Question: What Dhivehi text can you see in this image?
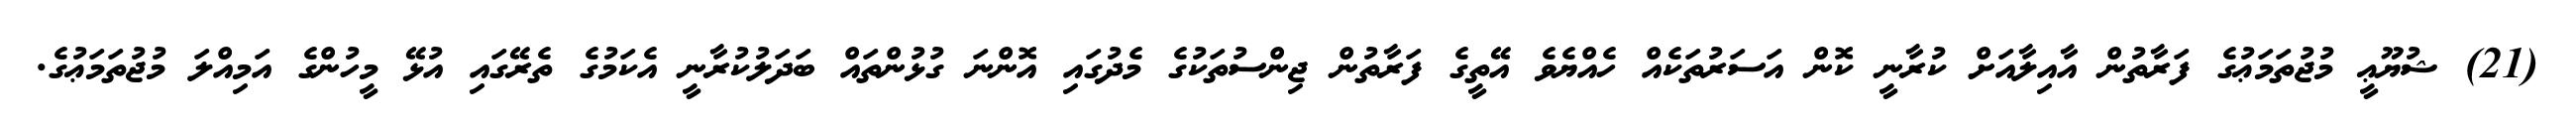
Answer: (21) ޝުޔޫޢީ މުޖުތަމަޢުގެ ފަރާތުން އާއިލާއަށް ކުރާނީ ކޮން އަސަރުތަކެއް ހެއްޔެވެ އޭތީގެ ފަރާތުން ޖިންސުތަކުގެ މެދުގައި އޮންނަ ގުޅުންތައް ބަދަލުކުރާނީ އެކަމުގެ ތެރޭގައި އުޅޭ މީހުންގެ އަމިއްލަ މުޖުތަމަޢުގެ.